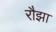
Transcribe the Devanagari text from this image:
रौझा